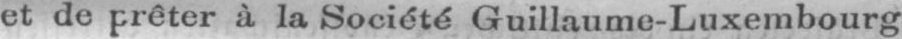
et de prêter à la Société Guillaume-Luxembourg